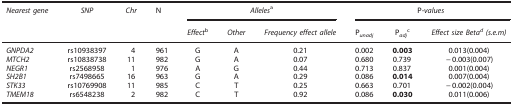
<table><thead><tr><td><b><i>Nearest gene</i></b></td><td><b><i>SNP</i></b></td><td><b><i>Chr</i></b></td><td><b>N</b></td><td colspan="3"><b><i>Alleles</i>a</b></td><td colspan="3"><b>P-<i>values</i></b></td></tr><tr><td><b> </b></td><td><b> </b></td><td><b> </b></td><td><b> </b></td><td><b><i>Effect</i>b</b></td><td><b><i>Other</i></b></td><td><b><i>Frequency effect allele</i></b></td><td><b>P<sub><i>unadj</i></sub></b></td><td><b>P<sub><i>adj</i></sub>c</b></td><td><b><i>Effect size</i><i>Betad (s.e.m)</i></b></td></tr></thead><tbody><tr><td><i>GNPDA2</i></td><td>rs10938397</td><td>4</td><td>961</td><td>G</td><td>A</td><td>0.21</td><td>0.002</td><td><b>0.003</b></td><td>0.013(0.004)</td></tr><tr><td><i>MTCH2</i></td><td>rs10838738</td><td>11</td><td>982</td><td>G</td><td>A</td><td>0.07</td><td>0.680</td><td>0.739</td><td>−0.003(0.007)</td></tr><tr><td><i>NEGR1</i></td><td>rs2568958</td><td>1</td><td>976</td><td>A</td><td>G</td><td>0.44</td><td>0.713</td><td>0.837</td><td>0.001(0.004)</td></tr><tr><td><i>SH2B1</i></td><td>rs7498665</td><td>16</td><td>963</td><td>G</td><td>A</td><td>0.29</td><td>0.086</td><td><b>0.014</b></td><td>0.007(0.004)</td></tr><tr><td><i>STK33</i></td><td>rs10769908</td><td>11</td><td>985</td><td>C</td><td>T</td><td>0.25</td><td>0.663</td><td>0.701</td><td>−0.002(0.004)</td></tr><tr><td><i>TMEM18</i></td><td>rs6548238</td><td>2</td><td>982</td><td>C</td><td>T</td><td>0.92</td><td>0.086</td><td><b>0.030</b></td><td>0.011(0.006)</td></tr></tbody></table>